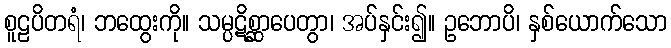
စူဠပိတရံ၊ ဘထွေးကို။ သမ္ပဋိစ္ဆာပေတွာ၊ အပ်နှင်း၍။ ဥဘောပိ၊ နှစ်ယောက်သော